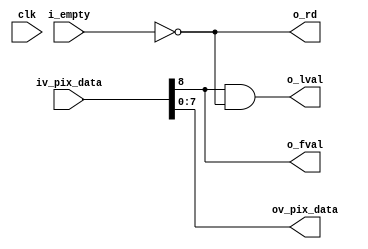
//-------------------------------------------------------------------------------------------------
//  --    : , 2010 -2015.
//  --      .
//  --          : FPGA
//  --        : rd_back_buf
//  --        : 
//-------------------------------------------------------------------------------------------------
//
//  --  :
//
//  --          :| 				:|  
//-------------------------------------------------------------------------------------------------
//  --        :| 2015/4/2 10:04:30	:|  
//-------------------------------------------------------------------------------------------------
//
//  --      :
//              1)  : ... ...
//
//              2)  : ... ...
//
//              3)  : ... ...
//
//-------------------------------------------------------------------------------------------------
///
`timescale 1ns/1ps
//-------------------------------------------------------------------------------------------------

module rd_back_buf # (
	parameter	DATA_WIDTH	= 8		//
	)
	(
	input						clk			,
	input						i_empty		,
	input	[DATA_WIDTH:0]		iv_pix_data	,
	output						o_rd		,
	output						o_fval		,
	output						o_lval		,
	output	[DATA_WIDTH-1:0]	ov_pix_data
	);

	//	ref signals


	//	ref ARCHITECTURE
	assign	o_rd		= !i_empty;
	assign	o_fval		= iv_pix_data[DATA_WIDTH];
	assign	o_lval		= o_fval&o_rd;
	assign	ov_pix_data	= iv_pix_data[DATA_WIDTH-1:0];
	


endmodule